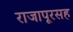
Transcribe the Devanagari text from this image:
राजापूरसह